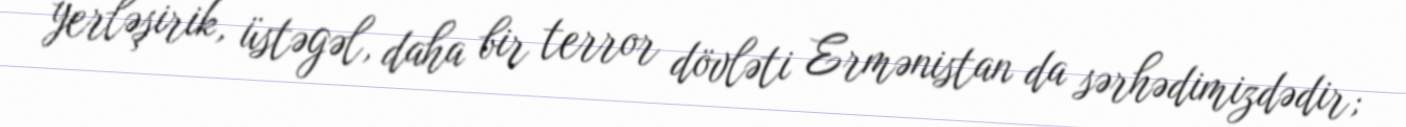
yerləşirik, üstəgəl, daha bir terror dövləti Ermənistan da sərhədimizdədir;